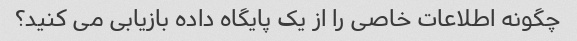
چگونه اطلاعات خاصی را از یک پایگاه داده بازیابی می کنید؟